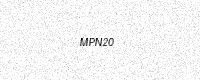
Text: MPN20